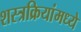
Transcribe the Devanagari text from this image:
शस्त्रक्रियांमध्ये